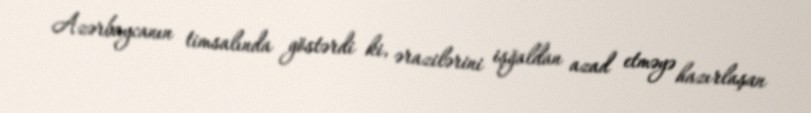
Azərbaycanın timsalında göstərdi ki, ərazilərini işğaldan azad etməyə hazırlaşan